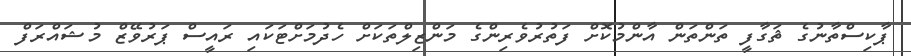
ޕާކިސްތާނުގެ ޘަގާފީ ތަންތަން އާންމުކޮށް ފަތުރުވެރިންގެ މަންޒިލްތަކަށް ހެދުމަށްޓަކައި ރައީސް ޕަރުވޭޒް މުޝައްރަފް